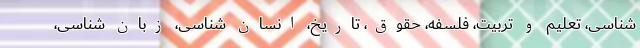
شناسی، تعلیم و تربیت، فلسفه، حقوق، تاریخ، انسان شناسی، زبان شناسی،